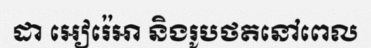
ដា អៀរ៉េអា និងរូបថតនៅពេល